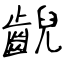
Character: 齯